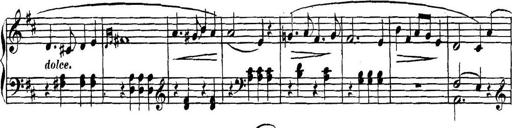
Title: Collected Piano Sonatas
Composer: Muzio Clementi